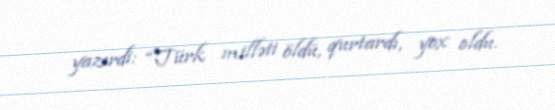
yazırdi: “Türk milləti öldü, qurtardı, yox oldu.